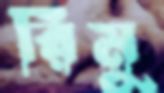
রিমু